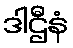
ဒါဌီနံ